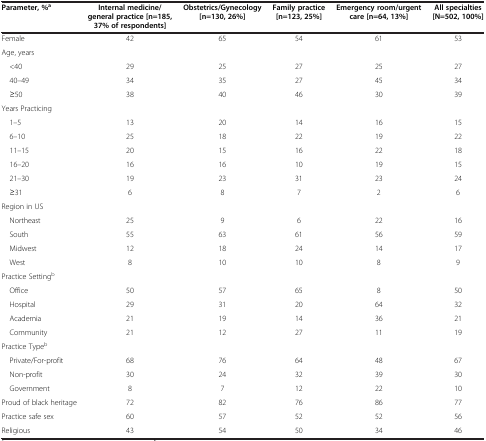
<table><thead><tr><td><b>Parameter, %<sup>a</sup></b></td><td><b>Internal medicine/general practice [n=185, 37% of respondents]</b></td><td><b>Obstetrics/Gynecology [n=130, 26%]</b></td><td><b>Family practice [n=123, 25%]</b></td><td><b>Emergency room/urgent care [n=64, 13%]</b></td><td><b>All specialties [N=502, 100%]</b></td></tr></thead><tbody><tr><td>Female</td><td>42</td><td>65</td><td>54</td><td>61</td><td>53</td></tr><tr><td>Age, years</td><td> </td><td> </td><td> </td><td> </td><td> </td></tr><tr><td> &lt;40</td><td>29</td><td>25</td><td>27</td><td>25</td><td>27</td></tr><tr><td> 40–49</td><td>34</td><td>35</td><td>27</td><td>45</td><td>34</td></tr><tr><td> ≥50</td><td>38</td><td>40</td><td>46</td><td>30</td><td>39</td></tr><tr><td>Years Practicing</td><td> </td><td> </td><td> </td><td> </td><td> </td></tr><tr><td> 1–5</td><td>13</td><td>20</td><td>14</td><td>16</td><td>15</td></tr><tr><td> 6–10</td><td>25</td><td>18</td><td>22</td><td>19</td><td>22</td></tr><tr><td> 11–15</td><td>20</td><td>15</td><td>16</td><td>22</td><td>18</td></tr><tr><td> 16–20</td><td>16</td><td>16</td><td>10</td><td>19</td><td>15</td></tr><tr><td> 21–30</td><td>19</td><td>23</td><td>31</td><td>23</td><td>24</td></tr><tr><td> ≥31</td><td>6</td><td>8</td><td>7</td><td>2</td><td>6</td></tr><tr><td>Region in US</td><td> </td><td> </td><td> </td><td> </td><td> </td></tr><tr><td> Northeast</td><td>25</td><td>9</td><td>6</td><td>22</td><td>16</td></tr><tr><td> South</td><td>55</td><td>63</td><td>61</td><td>56</td><td>59</td></tr><tr><td> Midwest</td><td>12</td><td>18</td><td>24</td><td>14</td><td>17</td></tr><tr><td> West</td><td>8</td><td>10</td><td>10</td><td>8</td><td>9</td></tr><tr><td>Practice Setting<sup>b</sup></td><td> </td><td> </td><td> </td><td> </td><td> </td></tr><tr><td> Office</td><td>50</td><td>57</td><td>65</td><td>8</td><td>50</td></tr><tr><td> Hospital</td><td>29</td><td>31</td><td>20</td><td>64</td><td>32</td></tr><tr><td> Academia</td><td>21</td><td>19</td><td>14</td><td>36</td><td>21</td></tr><tr><td> Community</td><td>21</td><td>12</td><td>27</td><td>11</td><td>19</td></tr><tr><td>Practice Type<sup>b</sup></td><td> </td><td> </td><td> </td><td> </td><td> </td></tr><tr><td> Private/For-profit</td><td>68</td><td>76</td><td>64</td><td>48</td><td>67</td></tr><tr><td> Non-profit</td><td>30</td><td>24</td><td>32</td><td>39</td><td>30</td></tr><tr><td> Government</td><td>8</td><td>7</td><td>12</td><td>22</td><td>10</td></tr><tr><td>Proud of black heritage</td><td>72</td><td>82</td><td>76</td><td>86</td><td>77</td></tr><tr><td>Practice safe sex</td><td>60</td><td>57</td><td>52</td><td>52</td><td>56</td></tr><tr><td>Religious</td><td>43</td><td>54</td><td>50</td><td>34</td><td>46</td></tr></tbody></table>